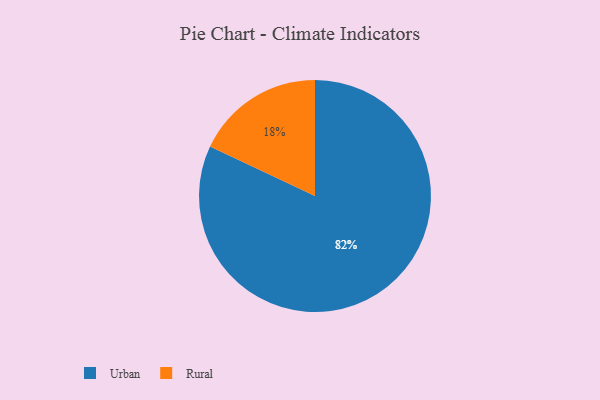
{"axis": {"x": "Category", "y": "Percentage"}, "legend": ["Rural", "Urban"], "data": [{"x": "Rural", "y": 18, "type": "Rural"}, {"x": "Urban", "y": 82, "type": "Urban"}]}